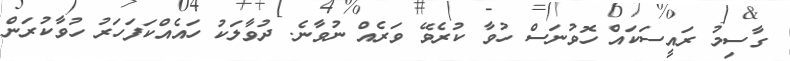
ގާސިމު ރައީސަކައް ހޮވުނަސް ހުވާ ކުރެވޭ ވަރެއް ނުވާނެ. ދުވާލަކު ހައެއްކަފަހަރު ހުވާކުރަން